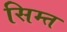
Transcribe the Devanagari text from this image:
सिम्त